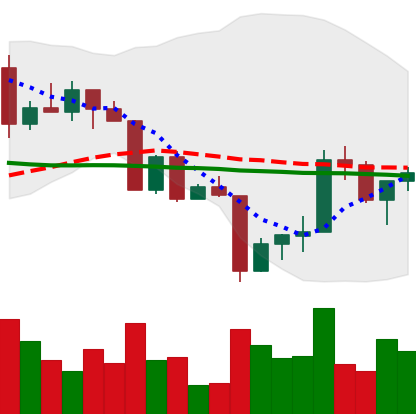
Ticker: XRP-USD
Chart end date: 2022-04-19
Forward return: -9.847%
Label: down_7plus